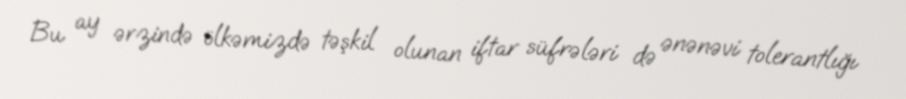
Bu ay ərzində ölkəmizdə təşkil olunan iftar süfrələri də ənənəvi tolerantlığı